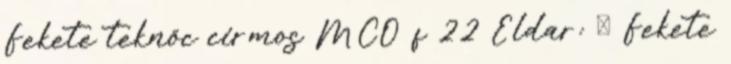
Fekete teknőc cirmos MCO f 22 Eldar: ♂ Fekete